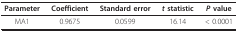
<table><thead><tr><td><b>Parameter</b></td><td><b>Coefficient</b></td><td><b>Standard error</b></td><td><b><i>t </i>statistic</b></td><td><b><i>P </i>value</b></td></tr></thead><tbody><tr><td>MA1</td><td>0.9675</td><td>0.0599</td><td>16.14</td><td>&lt; 0.0001</td></tr></tbody></table>